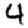
Digit: 4